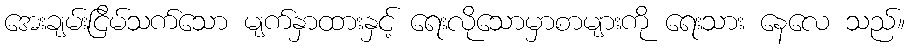
အေးချမ်းငြိမ်သက်သော မျက်နှာထားနှင့် ရေးလိုသောမှာစာများကို ရေးသား နေလေ သည်။